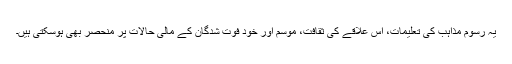
یہ رسوم مذاہب کی تعلیمات، اس علاقے کی ثقافت، موسم اور خود فوت شدگان کے مالی حالات پر منحصر بھی ہوسکتی ہیں۔